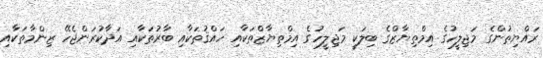
ރައްޔިތުންގެ މަޖިލީހުގެ އިމްތިޔާޒްގެ ބިލަކީ މަޖިލީހުގެ އިމްތިޔާޒްތަކާއި ހައްޤުތަކާއި ބާރުތަކާއި އަދާކުރަންޖެހޭ ޒިންމާތަކާއި